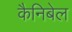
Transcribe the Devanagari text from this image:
कैनिबेल